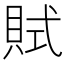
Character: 𧵻